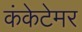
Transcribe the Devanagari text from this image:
कंकेटेमर